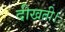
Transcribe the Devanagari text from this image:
दीखती।